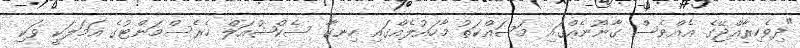
"ދިވެހިރާއްޖޭގެ އެއްވެސް ގާނޫނެއްގައި މަސައްކަތު މާހައުލެއްގައި ހިނގާ ސެކްޝުއަލް ހެރެސްމަންޓުގެ އަމަލަކީ ވަކި